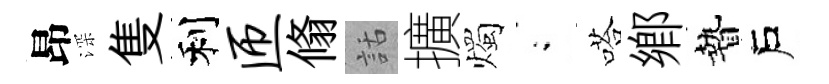
昂深隻利匝翛話擴燭閤嗒郷贄戶